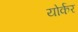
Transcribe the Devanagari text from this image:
योर्कर